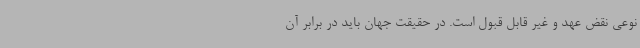
نوعی نقض عهد و غیر قابل قبول است. در حقیقت جهان باید در برابر آن